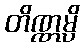
တိဏ္ဏမ္ပိ